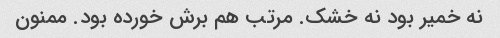
نه خمیر بود نه خشک. مرتب هم برش خورده بود. ممنون